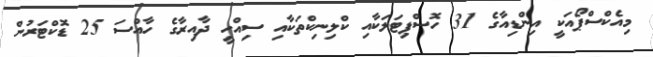
މިއެކްސްޕޯއަކީ އިންޑިއާގެ 31 ހޮސްޕިޓަލަކާއި ކްލިނިކްތަކާއި ސިއްހީ ދާއިރާގެ ހާއްސަ 25 ޑޮކްޓަރުން